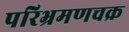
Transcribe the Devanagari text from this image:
परिभ्रमणचक्र